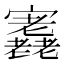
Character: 𡬁